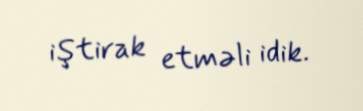
iştirak etməli idik.